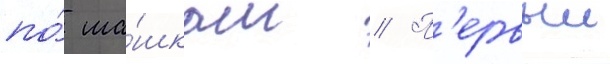
по́ ша́шкам // П'ервыи